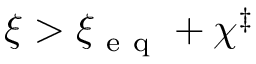
\xi > \xi _ { \mathrm { ~ e ~ q ~ } } + \chi ^ { \ddag }